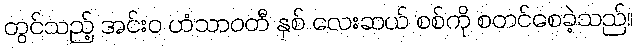
တွင်သည့် အင်းဝ ဟံသာဝတီ နှစ် လေးဆယ် စစ်ကို စတင်စေခဲ့သည်။